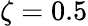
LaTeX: \zeta=0.5